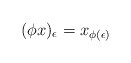
\begin{align*}(\phi x)_\epsilon = x_{\phi(\epsilon)}\end{align*}